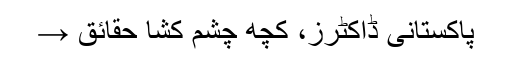
پاکستانی ڈاکٹرز، کچھ چشم کشا حقائق →